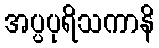
အပ္ပပုရိသကာနိ